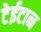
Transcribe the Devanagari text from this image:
टेईटान